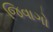
જિવાગો